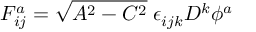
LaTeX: F _ { i j } ^ { a } = \sqrt { A ^ { 2 } - C ^ { 2 } } \; \epsilon _ { i j k } D ^ { k } \phi ^ { a }